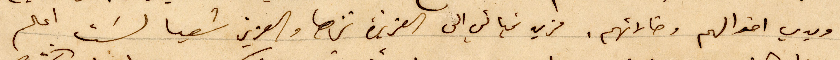
ويدي اخوالهم وخالاتهم. مزيد تحياتي الى العزيزة نزها والعزيز شعيا لسَت اعلم